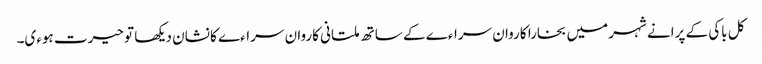
کل باکی کے پرانے شہر میں بخارا کاروان سراءے کے ساتھ ملتانی کاروان سراءے کا نشان دیکھا تو حیرت ہوءی۔